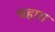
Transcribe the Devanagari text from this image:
चहारा